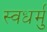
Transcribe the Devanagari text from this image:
स्वधर्मु